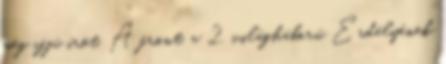
még ifjú írót. A front, a 2. világháború Erdélyének